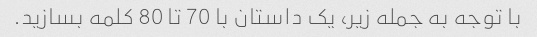
با توجه به جمله زیر، یک داستان با 70 تا 80 کلمه بسازید.